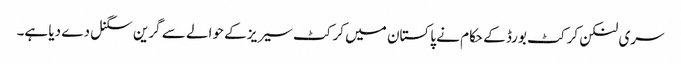
سری لنکن کرکٹ بورڈ کے حکام نے پاکستان میں کرکٹ سیریز کے حوالے سے گرین سگنل دے دیا ہے۔